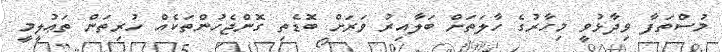
މުސްތަފާ ވިދާޅުވީ މިހާރުގެ ހާލަތަށް ބަލާއިރު ވަރަށް ބޮޑެތި ގޮންޖެހުންތަކެއް ހުރިތަން ތަޢުލީމީ